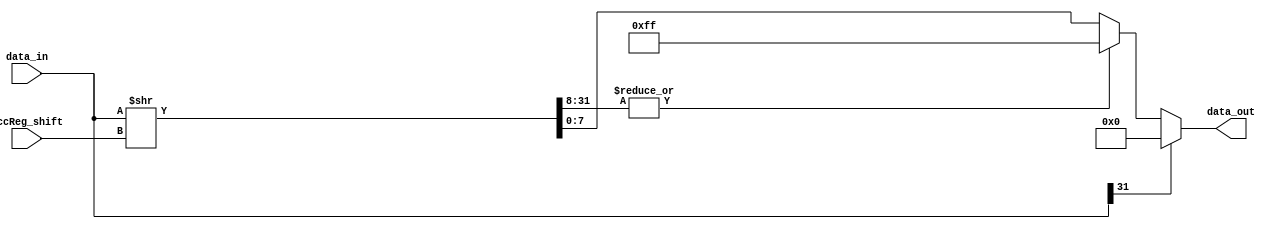
// ********************************************************
// Copyright(c)  2018
// Project name  :  HWPE
// Module  name  :  relu8b
// Created Time  :  2018/5/17 10:54:46
// Abstract:

// ========================================================
// Revision     Date     Author      Comment
// --------  ---------  ---------    ---------
//   1.0    2018/05/16  chenqiang
//   1.1    2018/05/17  chenhaoc
// ********************************************************

`define DLY 1
`timescale 1ns/10ps

module relu8b(
    input  wire [31:0]         data_in,
    input  wire [4:0]          AccReg_shift,
    output wire [7:0]          data_out
);

wire [31:0] data_sft;
assign data_sft = data_in >> AccReg_shift;
assign data_out =  data_in[31]    ? 8'h00 :  // neg to 0
                  |data_sft[31:8] ? 8'hFF :  // >255 to 255
                   data_sft[7:0];            // 8b

endmodule